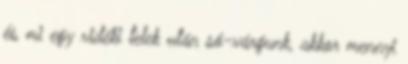
és mi egy vidéki telek után só-várgunk, akkor mennyi